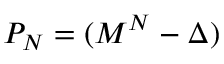
P _ { N } = ( M ^ { N } - \Delta )